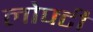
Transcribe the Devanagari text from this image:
लोफ्टी